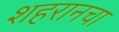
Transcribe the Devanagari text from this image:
शहरानचा